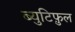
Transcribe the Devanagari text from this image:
ब्युटिफ़ुल